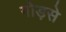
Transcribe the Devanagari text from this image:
गोड़से